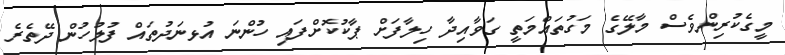
މީގެކުރިންވެސް މާލޭގެ މަގުތައްމަތީ ގަވާއިދާ ހިލާފަށް ޕާކުކޮށްފައި ހުންނަ އުޅނަދުތައް ފުލުހުން ދޭތެރެ